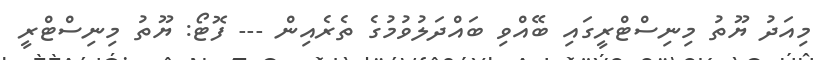
މިއަދު ޔޫތު މިނިސްޓްރީގައި ބޭއްވި ބައްދަލުވުމުގެ ތެރެއިން --- ފޮޓޯ: ޔޫތު މިނިސްޓްރީ